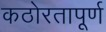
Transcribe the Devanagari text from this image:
कठोरतापूर्ण